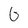
Character: G